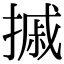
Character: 摵